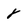
Character: 8